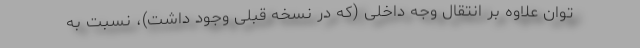
توان علاوه بر انتقال وجه داخلی (که در نسخه قبلی وجود داشت)، نسبت به